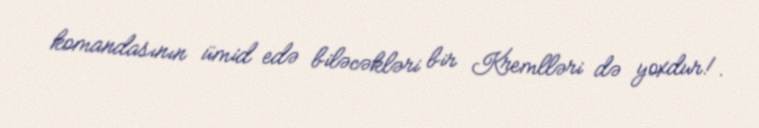
komandasının ümid edə biləcəkləri bir Kremlləri də yoxdur!.